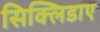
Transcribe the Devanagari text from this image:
सिक्लिडाए